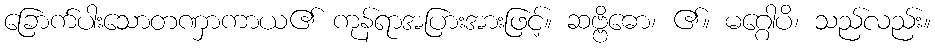
ခြောက်ပါးသောတဏှာကာယ၏ ကုန်ရာအပြားအားဖြင့်။ ဆဗ္ဗိဓော၊ ၏။ မဂ္ဂေါပိ၊ သည်လည်း။